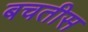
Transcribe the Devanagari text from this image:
बचतीस